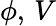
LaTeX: \phi,\, V